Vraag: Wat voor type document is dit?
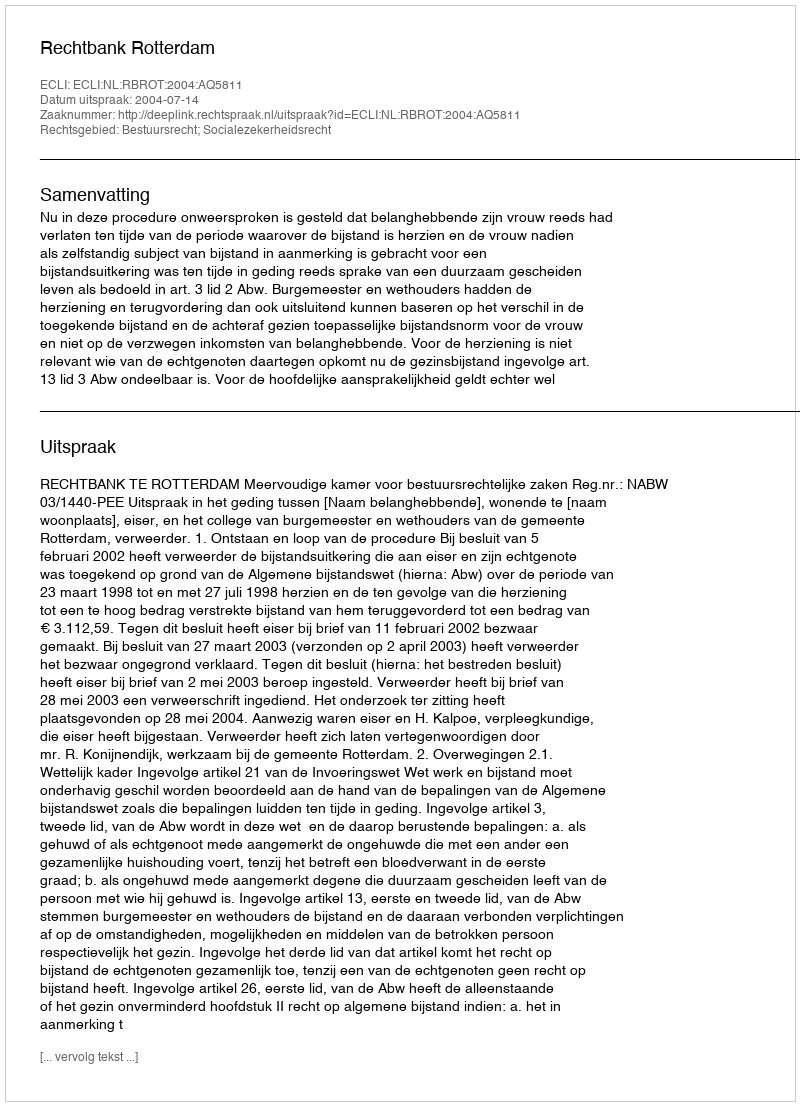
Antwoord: Uitspraak